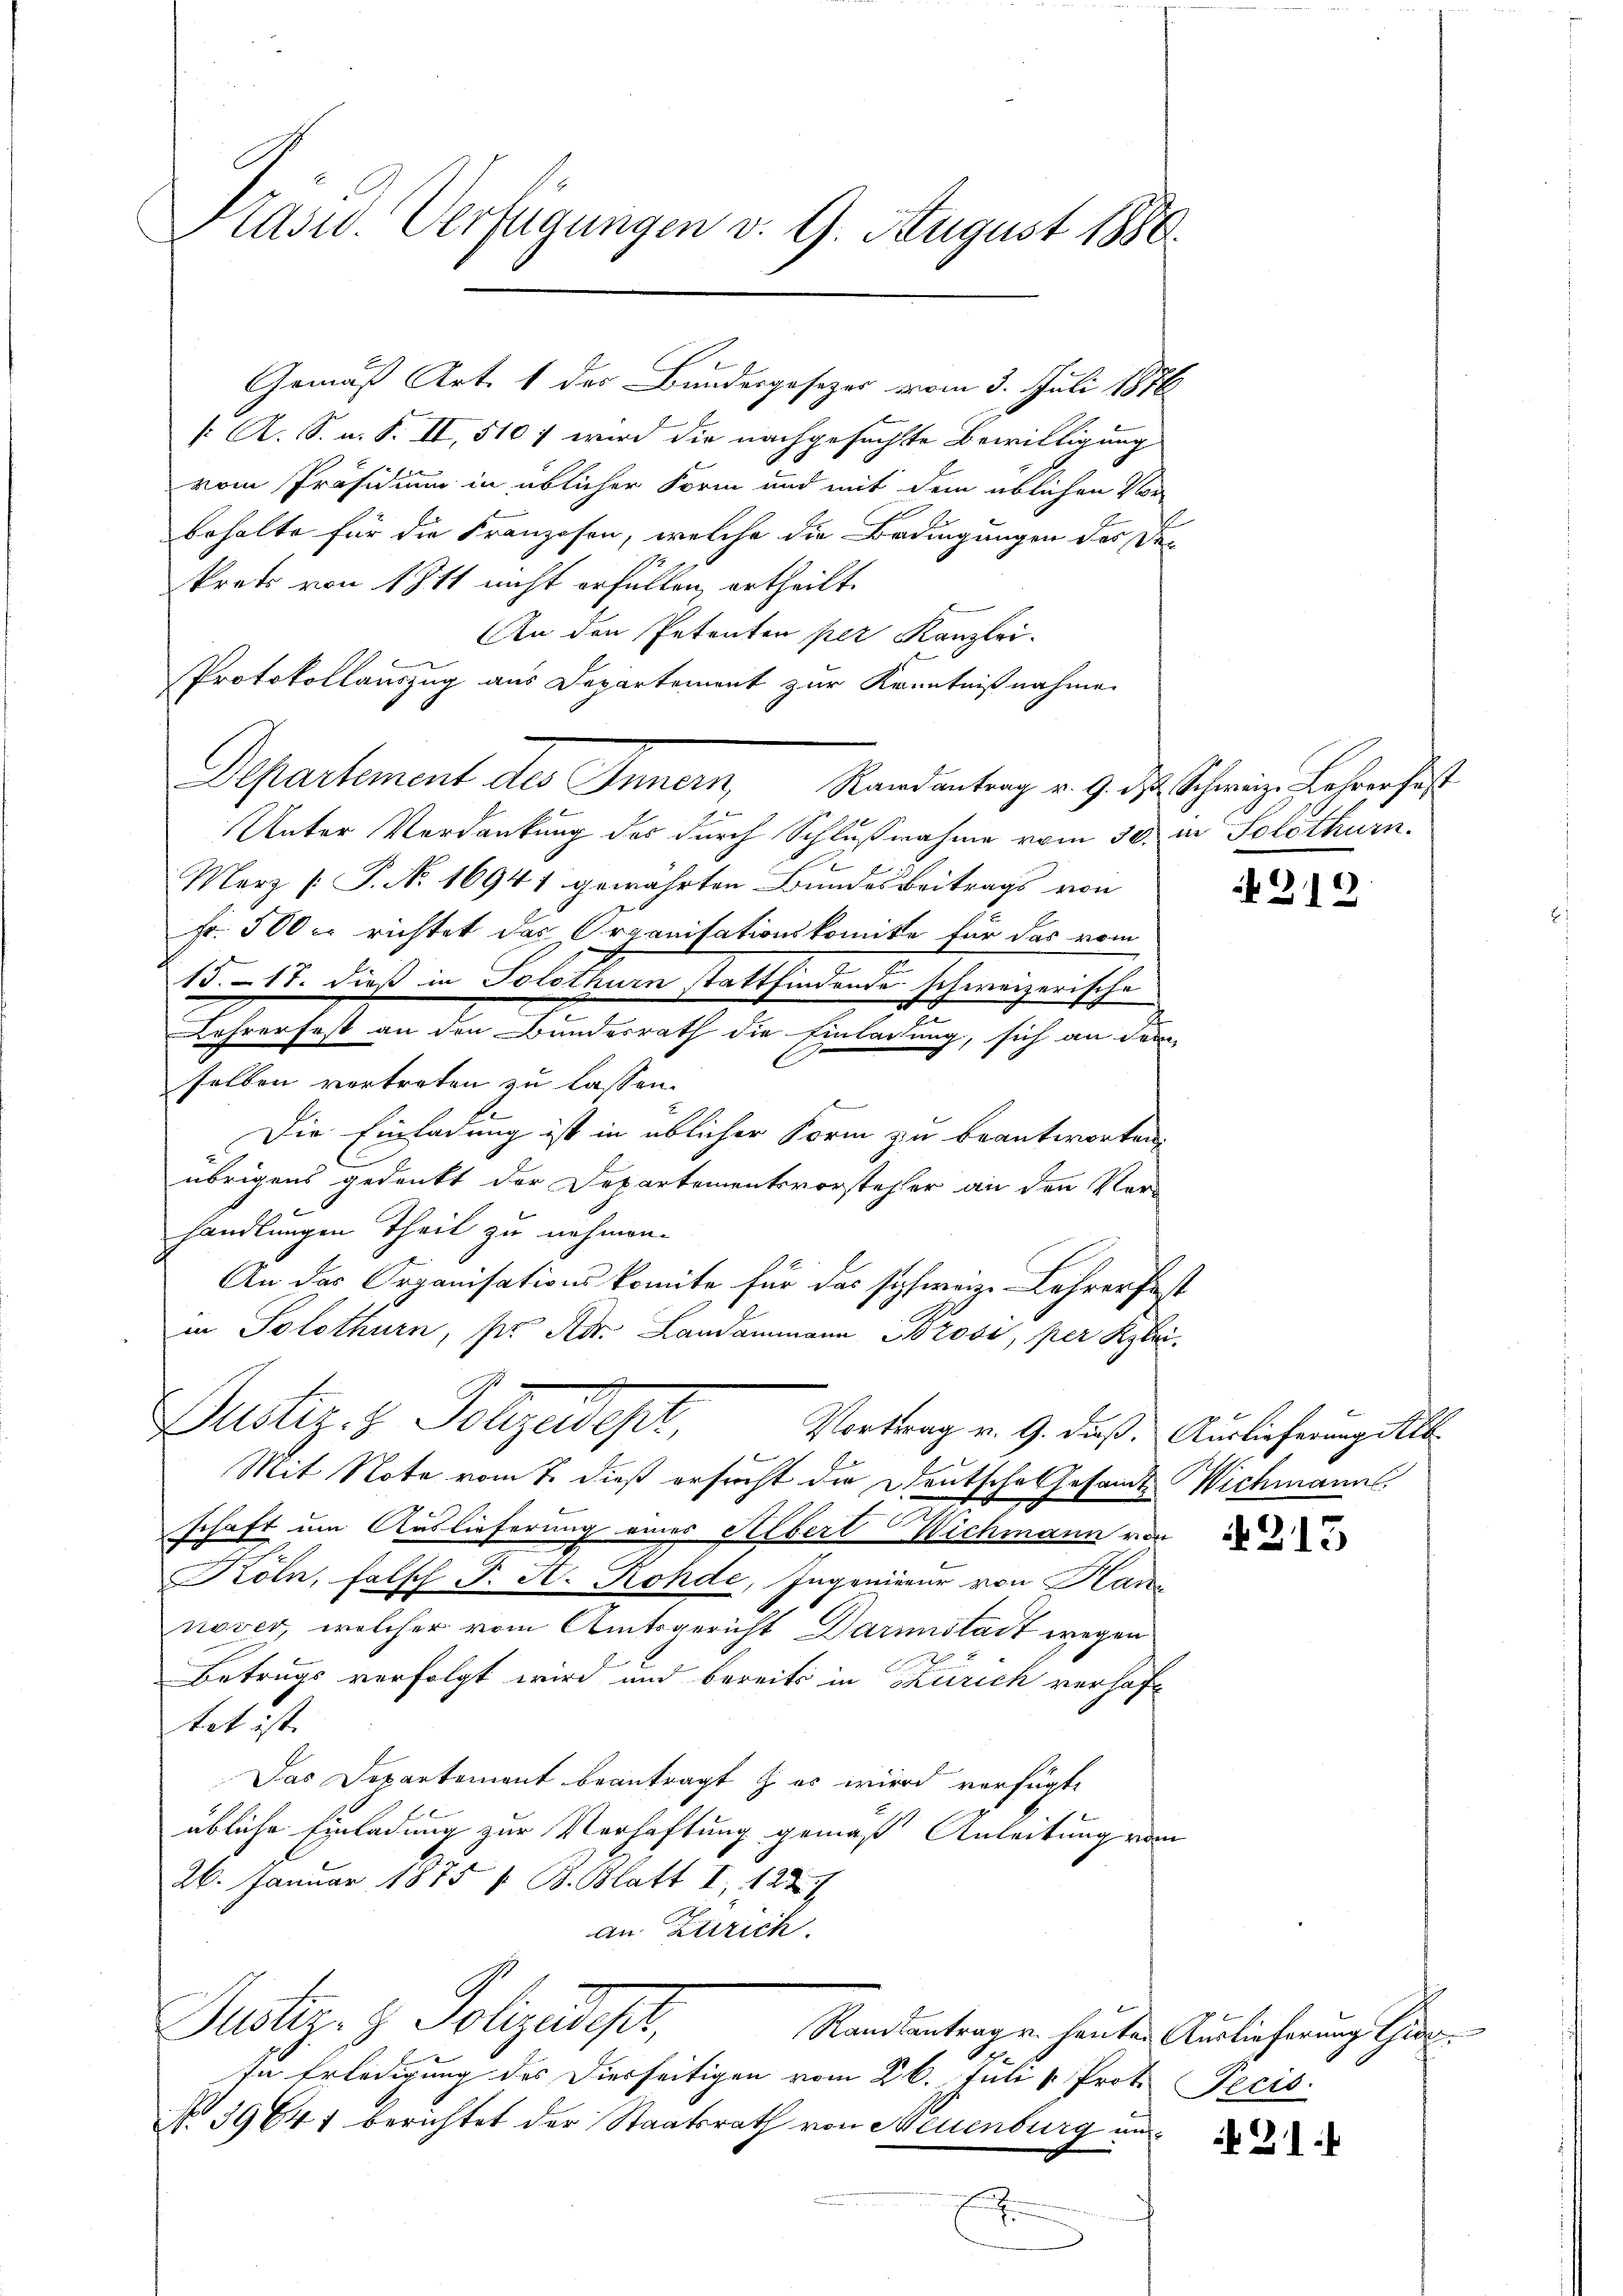
Prasw. Verfügungen d. 9. August 1880.

Gemäß Art. 1 des Bundesgesezes vom 3. Juli 1876
k. A. S. u. S. II, 510 f wird die nachgesuchte Bewilligung
vom Präsidium in üblicher Form und mit dem üblichen Vor
behalte für die Franzosen, welche die Bedingungen des De-
krats von 1811 nicht erfüllen, ertheilt.
An den Petenten per Kanzlei-
Protokollauszug aus Departement zur Kenntnißnahme
Departement des Innern, Randantrag v. 9. d. Schweige Lehrer hist
Unter Verdankung des durch Schlußnahme vom 30. in Solothurn.
Merz [P. No 16941 gewährten Bundesbeitrags von
Fr. 500 richtet das Organisationskomite für das vom
15. 17. dieß in Solothurn stattfindende schweizerische
lechenhalt an den Kinderath die Einleitung, sich von den
selben vertreten zu lassen.
Die Einladung ist in üblicher Form zu beantworten.
übrigens gedenkt der Departementsvorsteher an den Vorhandlungen Theil zu nehmen.
An der Organisationskomite für das schweiz. Lehrer fest
in Solothurn, pr Adr. Landammann Brosi, per Klei
Justiz & Polyedeper,
Vortrag v. 9. dieß. Auslieferung Alb
2
Mit Note vom 7. dieß ersucht die Deutsche Gesamt Wichmann.
schaft um Auslieferung einer Albert Wichmann von
Köln, falsch P. A. Rohde, Ingenieur von Kannover, welcher vom Amtsgericht Darmstadt wegen
Betrugs verfolgt wird und bereits in Zürich verhaftat ist.
Das Departement beantragt & es wird verfügte
übliche Einladung zur Verhaftung gemäß Anleitung vom
26. Januar 1815 1 B. Blatt I 1224
an Zürich.
Justiz- & Polizeidiger,
Rantantrag u. heuten Auslieferung Gier
In Erledigung des Dierseitigen vom 26. Juli v. Prot. Pecis
No 39641 berichtet der Staatsrath von Neuenburg un
n

212

if. 213

21.